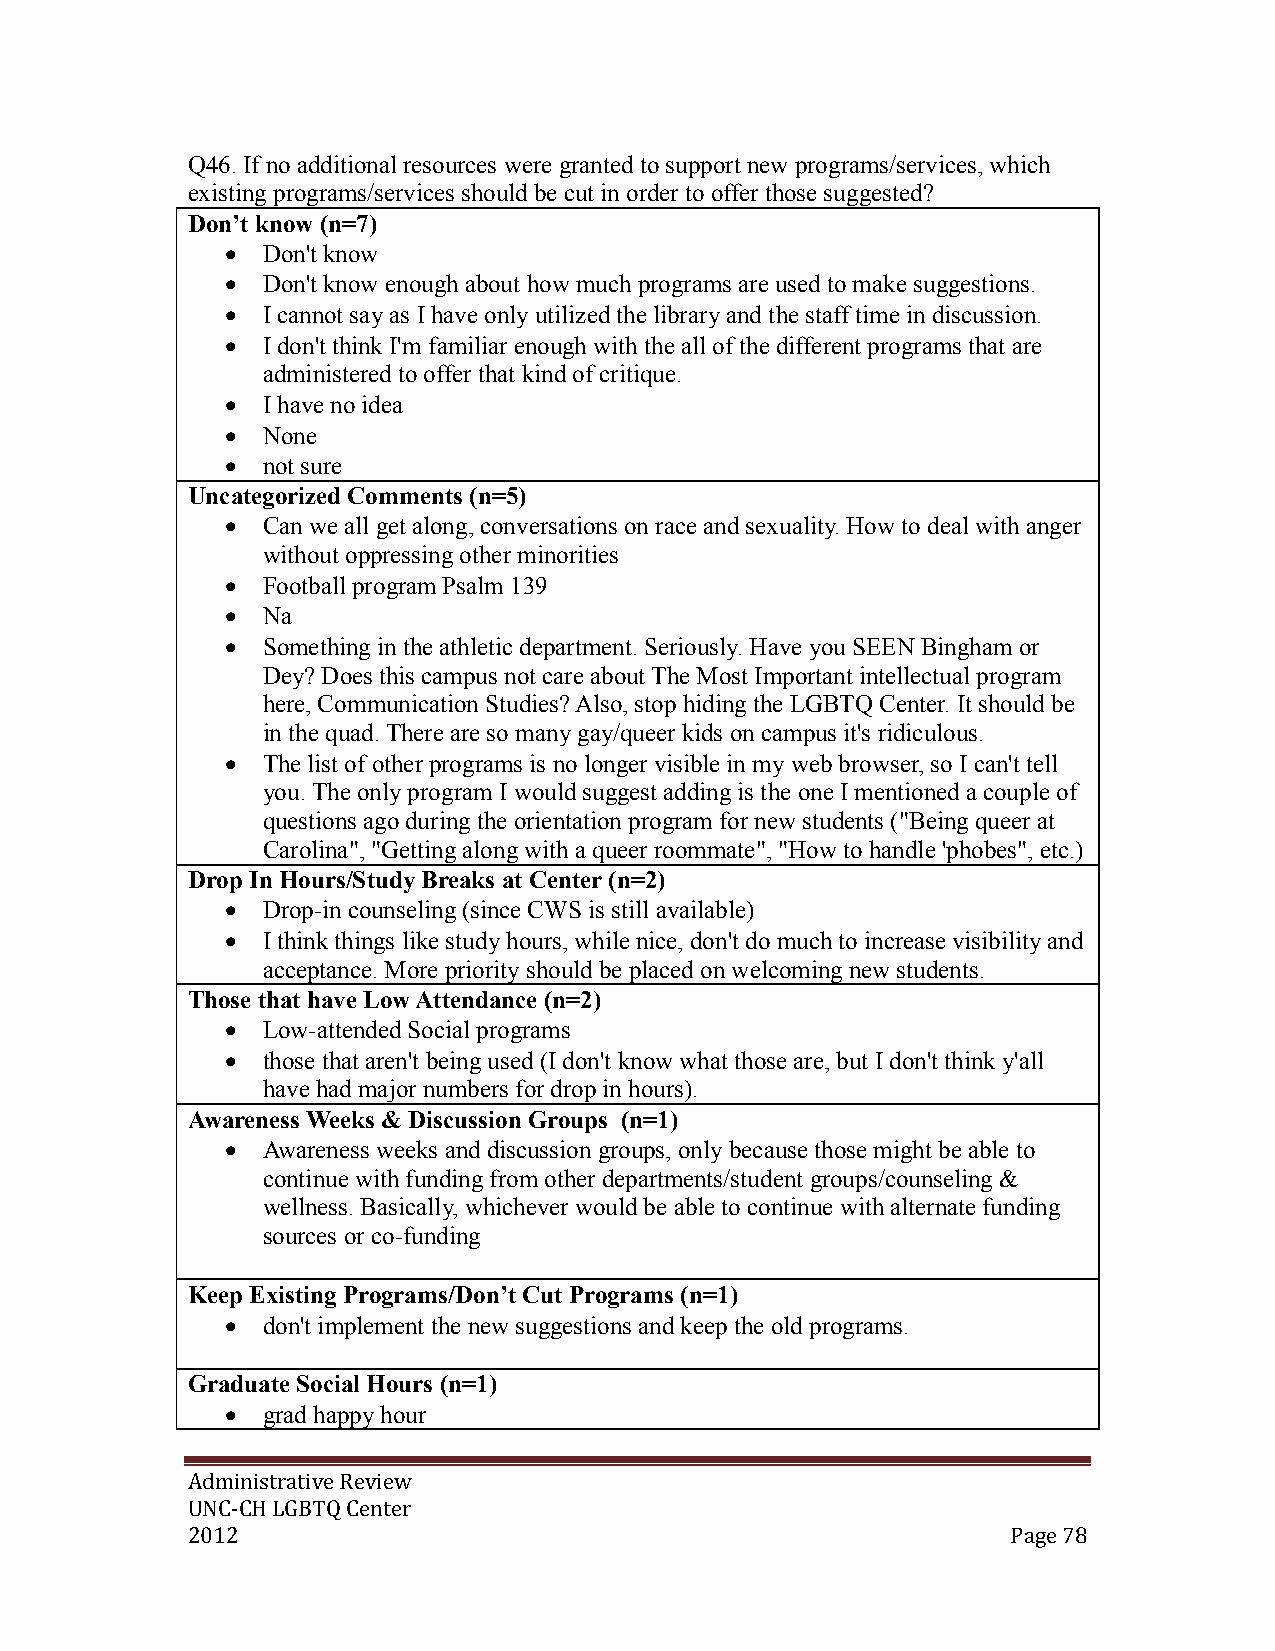
Q46. If no additional resources were granted to support new programs/services, which
 existing programs/services should be cut in order to offer those suggested?
 Don’t know (n=7)
  Don't know
  Don't know enough about how much programs are used to make suggestions.
  I cannot say as I have only utilized the library and the staff time in discussion.
  I don't think I'm familiar enough with the all of the different programs that are
 administered to offer that kind of critique.
  I have no idea
  None
  not sure
 Uncategorized Comments (n=5)
  Can we all get along, conversations on race and sexuality. How to deal with anger
 without oppressing other minorities
  Football program Psalm 139
  Na
  Something in the athletic department. Seriously. Have you SEEN Bingham or
 Dey? Does this campus not care about The Most Important intellectual program
 here, Communication Studies? Also, stop hiding the LGBTQ Center. It should be
 in the quad. There are so many gay/queer kids on campus it's ridiculous.
  The list of other programs is no longer visible in my web browser, so I can't tell
 you. The only program I would suggest adding is the one I mentioned a couple of
 questions ago during the orientation program for new students ("Being queer at
 Carolina", "Getting along with a queer roommate", "How to handle 'phobes", etc.)
 Drop In Hours/Study Breaks at Center (n=2)
  Drop-in counseling (since CWS is still available)
  I think things like study hours, while nice, don't do much to increase visibility and
 acceptance. More priority should be placed on welcoming new students.
 Those that have Low Attendance (n=2)
  Low-attended Social programs
  those that aren't being used (I don't know what those are, but I don't think y'all
 have had major numbers for drop in hours).
 Awareness Weeks & Discussion Groups (n=1)
  Awareness weeks and discussion groups, only because those might be able to
 continue with funding from other departments/student groups/counseling &
 wellness. Basically, whichever would be able to continue with alternate funding
 sources or co-funding
 Keep Existing Programs/Don’t Cut Programs (n=1)
  don't implement the new suggestions and keep the old programs.
 Graduate Social Hours (n=1)
  grad happy hour
 Administrative Review
 UNC-CH LGBTQ Center
 2012                                                   Page 78